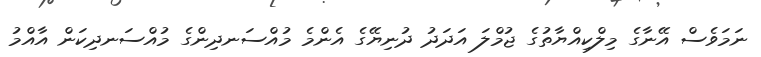
ނަމަވެސް އޭނާގެ މިލްކިއްޔާތުގެ ޖުމްލަ އަދަދު ދުނިޔޭގެ އެންމެ މުއްސަނދިންގެ މުއްސަނދިކަން އާއްމު